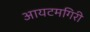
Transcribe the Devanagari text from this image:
आयटमगिरी